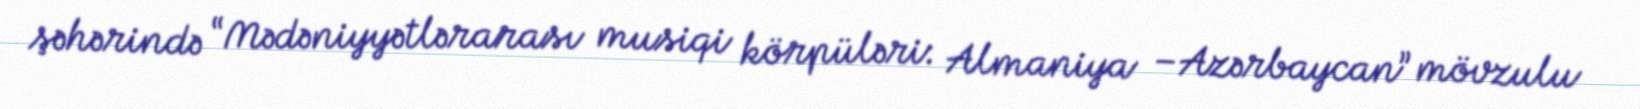
şəhərində “Mədəniyyətlərarası musiqi körpüləri: Almaniya –Azərbaycan” mövzulu